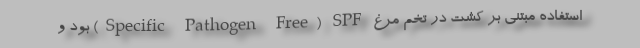
استفاده مبتنی بر کشت در تخم مرغ Specific Pathogen Free) SPF) بود و